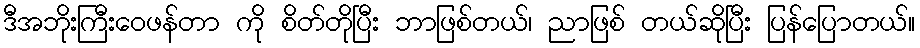
ဒီအဘိုးကြီးဝေဖန်တာ ကို စိတ်တိုပြီး ဘာဖြစ်တယ်၊ ညာဖြစ် တယ်ဆိုပြီး ပြန်ပြောတယ်။